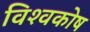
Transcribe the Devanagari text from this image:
विश्‍वकोष